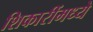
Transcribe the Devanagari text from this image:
शिकारींमध्ये